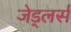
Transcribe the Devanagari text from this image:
जेड्लर्स